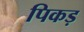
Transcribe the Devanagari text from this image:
पिकड़